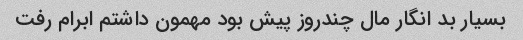
بسیار بد انگار مال چندروز پیش بود مهمون داشتم ابرام رفت